Annual report of the Imperial Bacteriologist
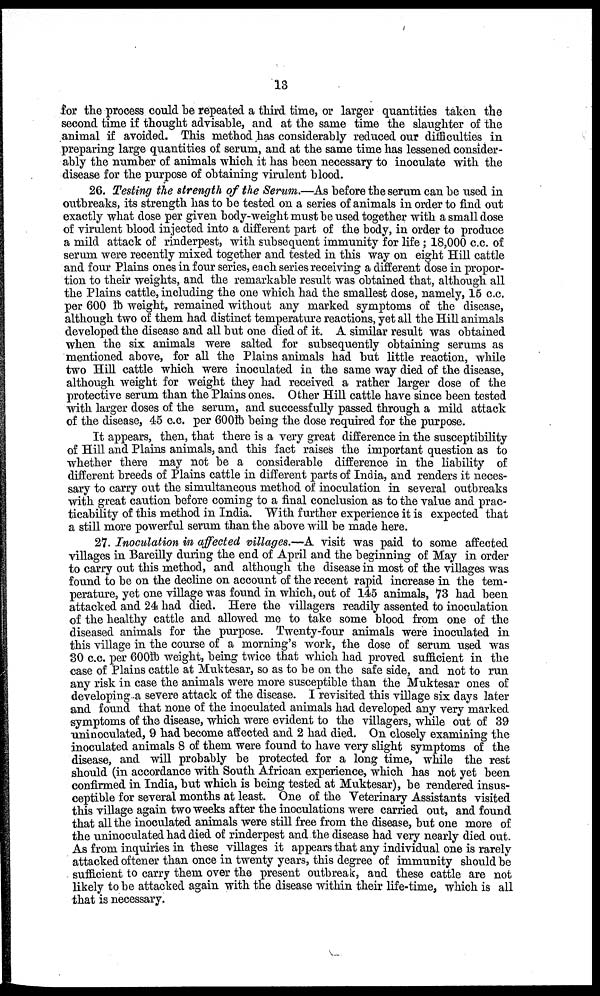
13
for the process could be repeated a third time, or larger quantities taken the
second time if thought advisable, and at the same time the slaughter of the
animal if avoided. This method has considerably reduced our difficulties in
preparing large quantities of serum, and at the same time has lessened consider-
ably the number of animals which it has been necessary to inoculate with the
disease for the purpose of obtaining virulent blood.
26. Testing the strength of the Serum.—As before the serum can be used in
outbreaks, its strength has to be tested on a series of animals in order to find out
exactly what dose per given body-weight must be used together with a small dose
of virulent blood injected into a different part of the body, in order to produce
a mild attack of rinderpest, with subsequent immunity for life; 18,000 c.c. of
serum were recently mixed together and tested in this way on eight Hill cattle
and four Plains ones in four series, each series receiving a different dose in propor-
tion to their weights, and the remarkable result was obtained that, although all
the Plains cattle, including the one which had the smallest dose, namely, 15 c.c.
per 600 lb weight, remained without any marked symptoms of the disease,
although two of them had distinct temperature reactions, yet all the Hill animals
developed the disease and all but one died of it. A similar result was obtained
when the six animals were salted for subsequently obtaining serums as
mentioned above, for all the Plains animals had but little reaction, while
two Hill cattle which were inoculated in the same way died of the disease,
although weight for weight they had received a rather larger dose of the
protective serum than the Plains ones. Other Hill cattle have since been tested
with larger doses of the serum, and successfully passed through a mild attack
of the disease, 45 c.c. per 600 lb being the dose required for the purpose.
It appears, then, that there is a very great difference in the susceptibility
of Hill and Plains animals, and this fact raises the important question as to
whether there may not be a considerable difference in the liability of
different breeds of Plains cattle in different parts of India, and renders it neces-
sary to carry out the simultaneous method of inoculation in several outbreaks
with great caution before coming to a final conclusion as to the value and prac-
ticability of this method in India. With further experience it is expected that
a still more powerful serum than the above will be made here.
27. Inoculation in affected villages.—A visit was paid to some affected
villages in Bareilly during the end of April and the beginning of May in order
to carry out this method, and although the disease in most of the villages was
found to be on the decline on account of the recent rapid increase in the tem¬
perature, yet one village was found in which, out of 145 animals, 73 had been
attacked and 24 had died. Here the villagers readily assented to inoculation
of the healthy cattle and allowed me to take some blood from one of the
diseased animals for the purpose. Twenty-four animals were inoculated in
this village in the course of a morning's work, the dose of serum used was
30 c.c. per 600 lb weight, being twice that which had proved sufficient in the
case of Plains cattle at Muktesar, so as to be on the safe side, and not to run
any risk in case the animals were more susceptible than the Muktesar ones of
developing a severe attack of the disease. I revisited this village six days later
and found that none of the inoculated animals had developed any very marked
symptoms of the disease, which were evident to the villagers, while out of 39
uninoculated, 9 had become affected and 2 had died. On closely examining the
inoculated animals 8 of them were found to have very slight symptoms of the
disease, and will probably be protected for a long time, while the rest
should (in accordance with South African experience, which has not yet been
confirmed in India, but which is being tested at Muktesar), be rendered insus-
ceptible for several months at least. One of the Veterinary Assistants visited
this village again two weeks after the inoculations were carried out, and found
that all the inoculated animals were still free from the disease, but one more of
the uninoculated had died of rinderpest and the disease had very nearly died out.
As from inquiries in these villages it appears that any individual one is rarely
attacked oftener than once in twenty years, this degree of immunity should be
sufficient to carry them over the present outbreak, and these cattle are not
likely to be attacked again with the disease within their life-time, which is all
that is necessary.